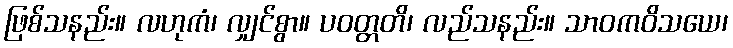
ဖြစ်သနည်း။ လဟုကံ၊ လျှင်စွာ။ ပဝတ္တတိ၊ လည်သနည်း။ သာဝကဝိသယေ၊